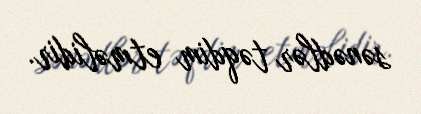
sənədlər təqdim etməlidir.